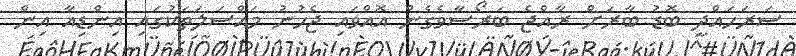
ސަރަހައްދީ ބޮޑު ބާރަށް ރާއްޖެ ބަރޯސާވެގެން އޮއްވައި ޖެހުނު މައްސަލަތަކުގައި އިންޑިއާ އިން